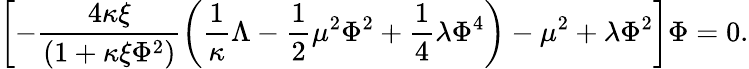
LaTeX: \left[-\frac{4\kappa\xi}{\left(1+\kappa\xi\Phi^{2}\right)}\left(\frac{1}{\kappa}\Lambda-\frac{1}{2}\mu^{2}\Phi^{2}+\frac{1}{4}\lambda\Phi^{4}\right)-\mu^{2}+\lambda\Phi^{2}\right]\Phi=0.